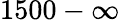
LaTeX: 1500-\infty